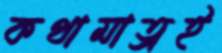
কথামাত্রই